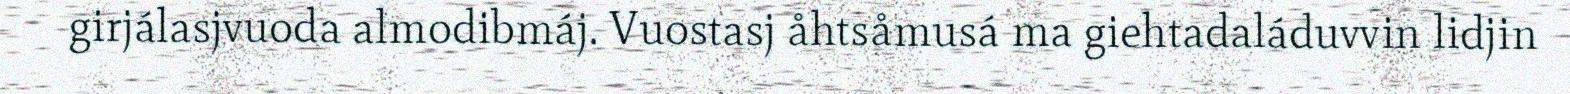
girjálasjvuoda almodibmáj. Vuostasj åhtsåmusá ma giehtadaláduvvin lidjin